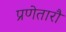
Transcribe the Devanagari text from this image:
प्रणेतारौ